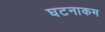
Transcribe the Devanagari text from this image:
घटनाकम